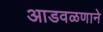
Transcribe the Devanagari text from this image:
आडवळणाने